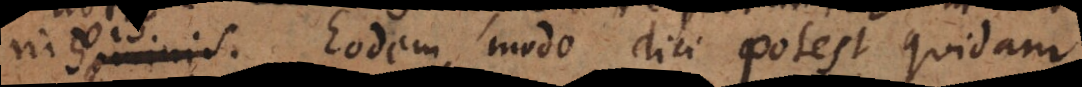
nis. Eodem modo dici potest quidam